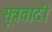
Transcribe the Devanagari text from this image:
सूत्रवादी